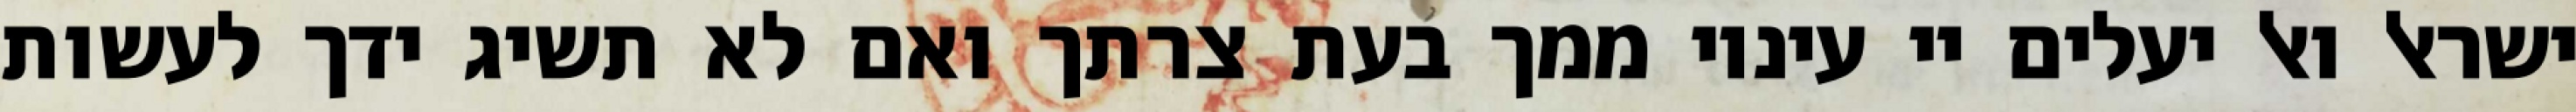
ישראל ואל יעלים יי עיניו ממך בעת צרתך ואם לא תשיג ידך לעשות